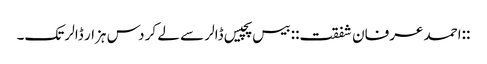
::احمد عرفان شفقت:: بیس پچیس ڈالر سے لے کر دس ہزار ڈالر تک۔